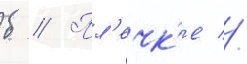
б // Пл'ечк'е //